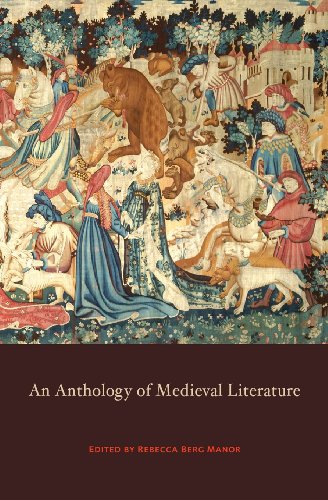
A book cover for Anthology of Medieval Literature; Literature & Fiction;